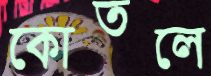
কোতলে